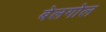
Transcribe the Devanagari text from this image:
बेलगोल